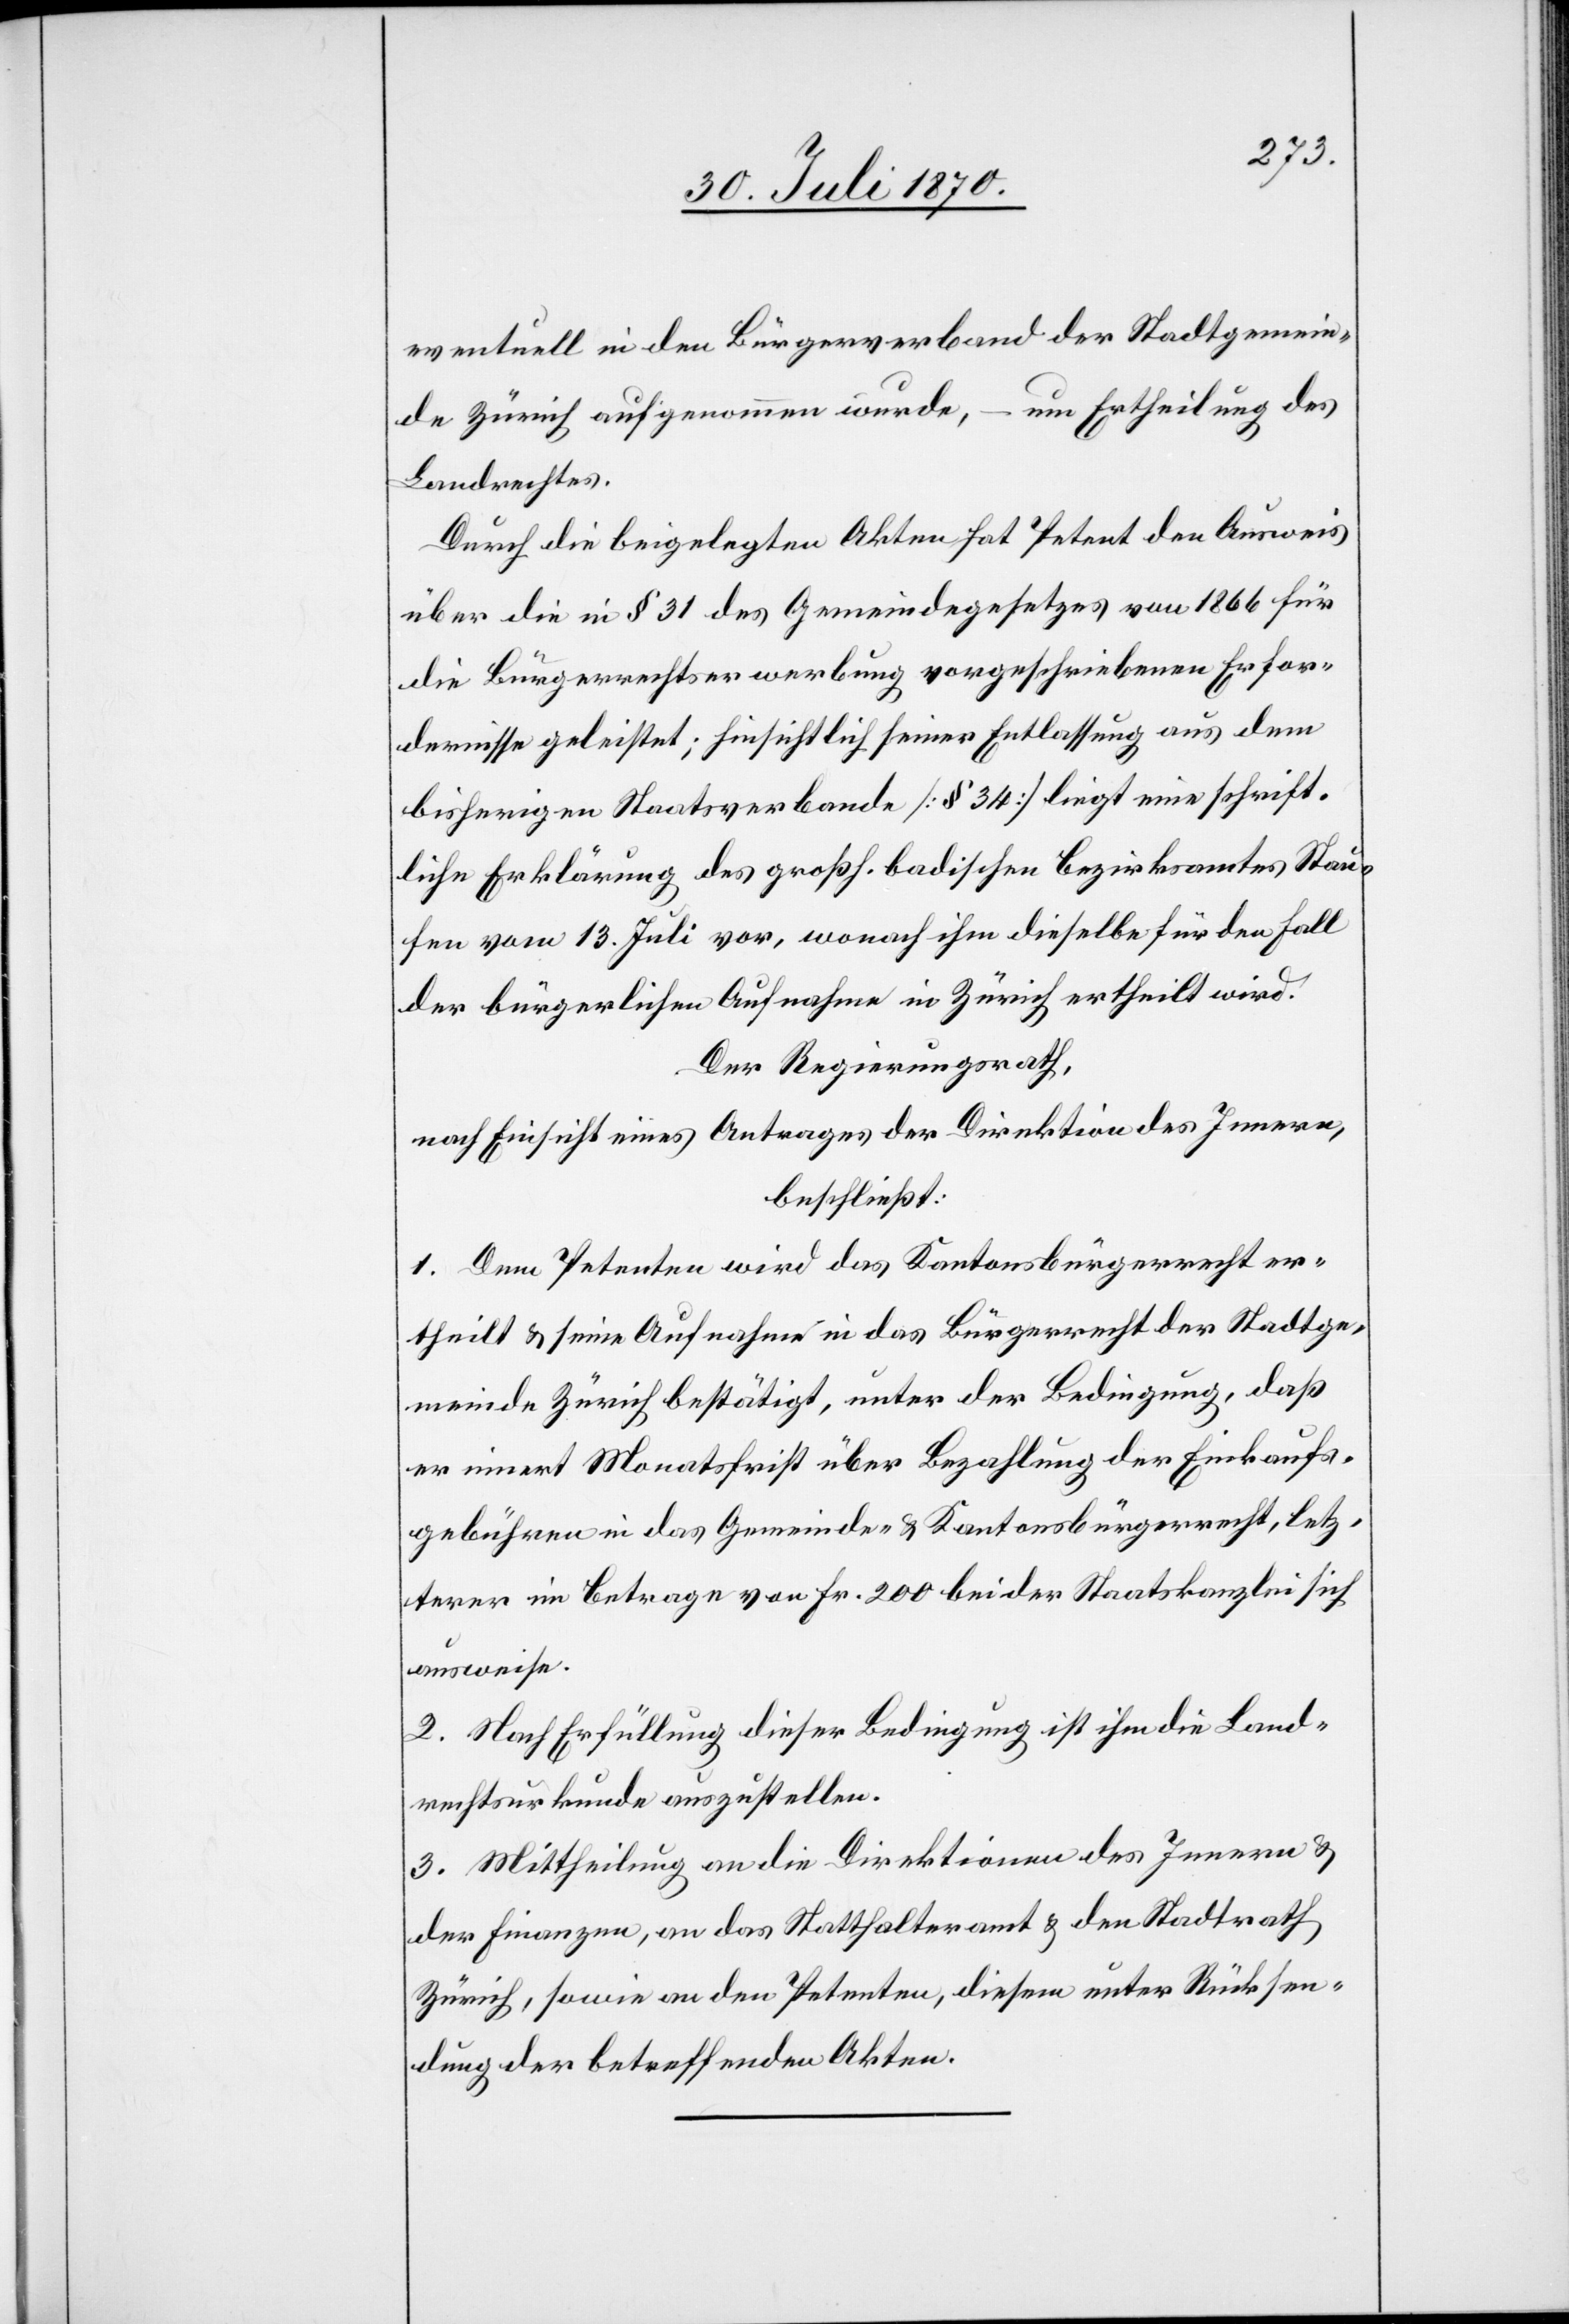
eventuell in den Bürgerrechtsverband der Stadtgemein¬
um Ertheilung des
de Zürich aufgenommen wurde,
Landrechtes.
Durch die beigelegten Akten hat Petent den Ausweis
über die in § 31 des Gemeindegesetzes von 1866 für
die Bürgerrechtserwerbung vorgeschriebenen Erfor¬
dernisse geleistet; hinsichtlich seiner Entlassung aus dem
bisherigen Staatsverbande [§ 34] liegt eine schrift¬
liche Erklärung des großh. badischen Bezirksamtes Stau¬
fen vom 13. Juli vor, wonach ihm dieselbe für den Fall
der bürgerlichen Aufnahme in Zürich ertheilt wird.
Der Regierungsrath,
nach Einsicht eines Antrages der Direktion des Innern,
beschließt:
1. Dem Petenten wird das Kantonsbürgerrecht er¬
theilt & seine Aufnahme in das Bürgerrecht der Stadtge¬
meinde Zürich bestätigt, unter der Bedingung, daß
er innert Monatsfrist über Bezahlung der Einkaufs¬
gebühren in das Gemeinde- & Kantonsbürgerrecht, letz¬
terer im Betrage von Fr. 200 bei der Staatskanzlei sich
ausweise.
2. Nach Erfüllung dieser Bedingung ist ihm die Land¬
rechtsurkunde zuzustellen.
3. Mittheilung an die Direktionen des Innern &
der Finanzen, an das Statthalteramt & den Stadtrath
Zürich, sowie an den Petenten, diesem unter Rücksen¬
dung der betreffenden Akten.